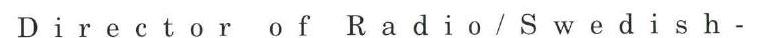
Director of Radio/Swedish -